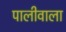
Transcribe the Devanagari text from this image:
पालीवाला